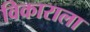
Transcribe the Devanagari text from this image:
विकाराला